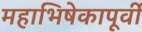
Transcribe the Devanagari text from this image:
महाभिषेकापूर्वी